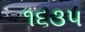
૧૬૩૫